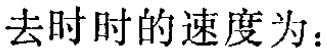
去时时的速度为：